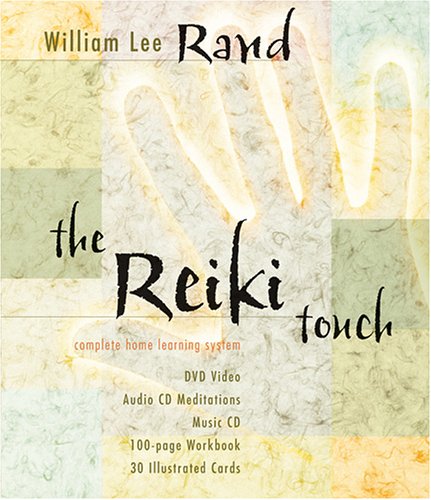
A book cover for The Reiki Touch: Complete Home Learning System; William Lee Rand; Health, Fitness & Dieting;